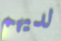
لديهم